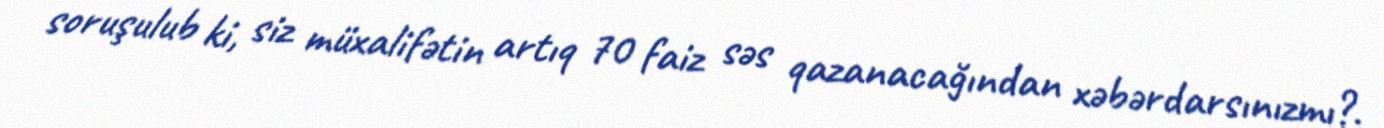
soruşulub ki, siz müxalifətin artıq 70 faiz səs qazanacağından xəbərdarsınızmı?.